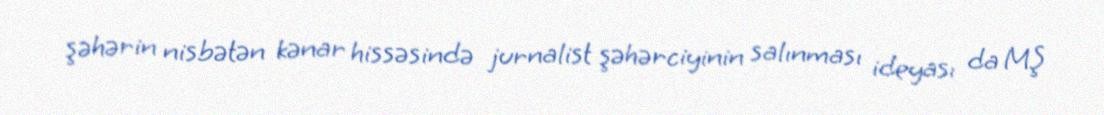
şəhərin nisbətən kənar hissəsində jurnalist şəhərciyinin salınması ideyası da MŞ